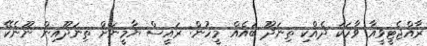
ރާއްޖެޓީވީއާ ވާހަކަ ދެއްކި ތިނަދޫ ބައެއް މީހުން: ރައީސް ޔާމީނަށް ތިނަދޫއިން ނޫނެކޭ